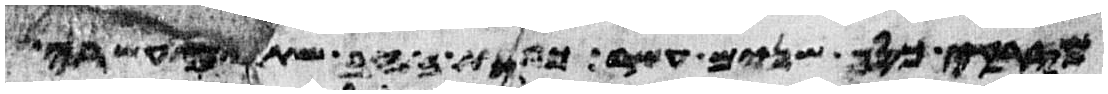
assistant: מזרקי כסף שנים עשר כפות זהב שתים עשרה